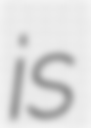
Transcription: is